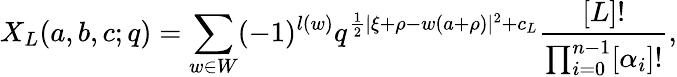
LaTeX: X_{L}(a,b,c;q)=\sum_{w\in W}(-1)^{l(w)}q^{{\frac{1}{2}}|\xi+\rho-w(a+\rho)|^{2}+c_{L}}{\frac{[L]!}{\prod_{i=0}^{n-1}[\alpha_{i}]!}},